Indian journal of veterinary science and animal husbandry - Volumes 15-17, 1948-1951
Year: 1948
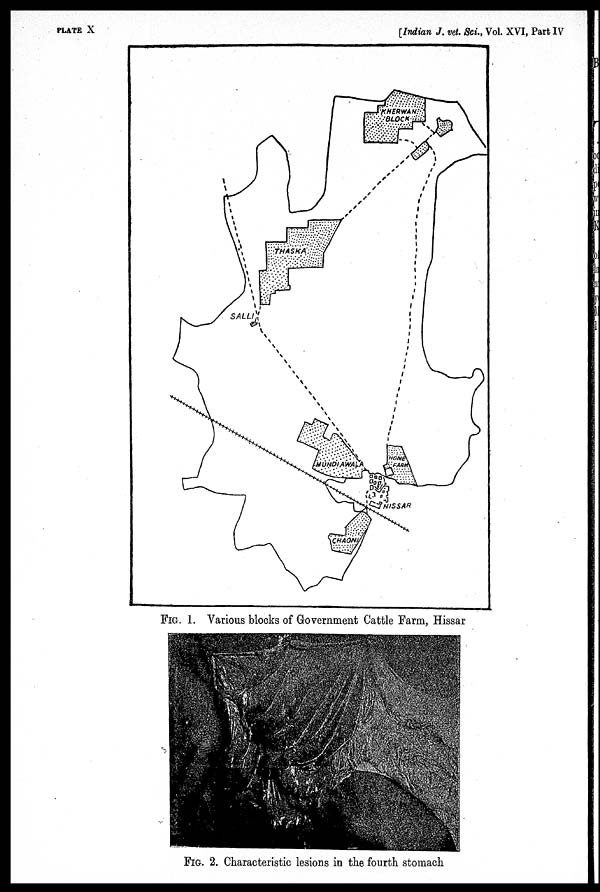
PLATE X
[Indian J. vet. Sci., Vol. XVI, Part IV
FIG. 1. Various blocks of Government Cattle Farm, Hissar
FIG. 2. Characteristic lesions in the fourth stomach